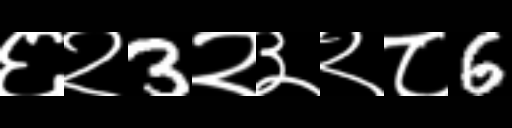
Text: ६२3२३२८6